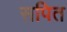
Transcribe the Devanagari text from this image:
सपित